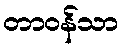
တာဝန်သာ